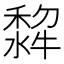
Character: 𭷵